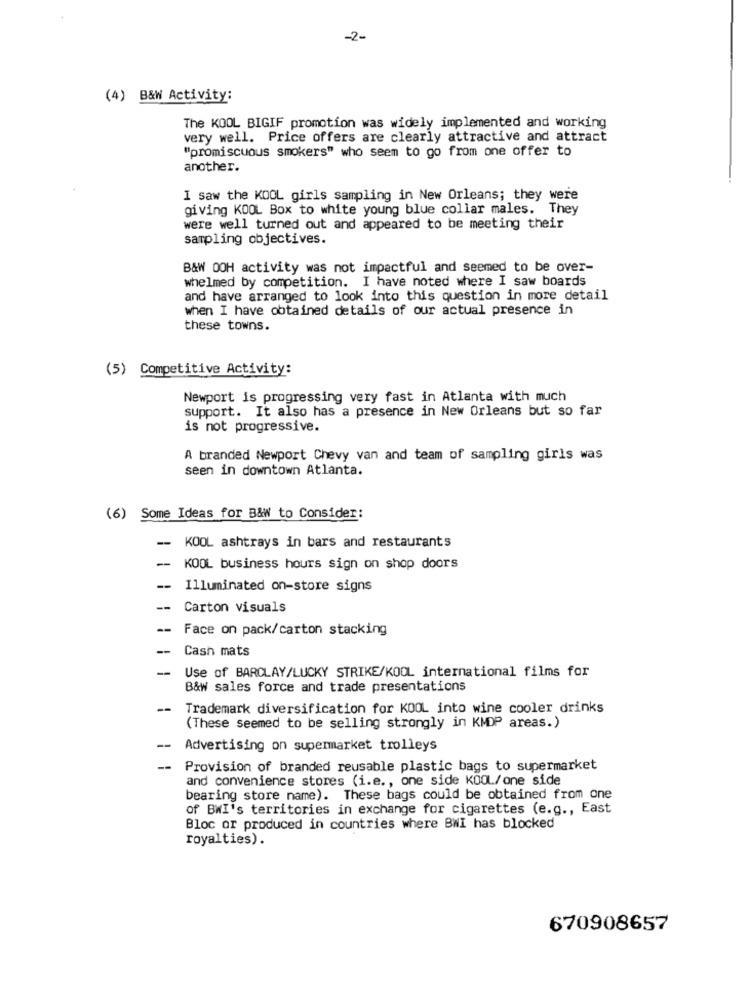
-2-
(4) B&W Activity:
The KOOL BIGIF promotion was widely implemented and working
very well. Price offers are clearly attractive and attract
"promiscuous smokers" who seem to go from one offer to
another.
I saw the KOOL girls sampling in New Orleans; they were
giving KOOL Box to white young blue collar males. They
were well turned out and appeared to be meeting their
sampling objectives.
B&W OOH activity was not impactful and seemed to be over-
whelmed by competition. I have noted where I saw boards
and have arranged to look into this question in more detail
when I have obtained details of our actual presence in
these towns.
(5) Competitive Activity:
Newport is progressing very fast in Atlanta with much
support. It also has a presence in New Orleans but so far
is not progressive.
A branded Newport Chevy van and team of sampling girls was
seen in downtown Atlanta.
(6) Some Ideas for B&W to Consider:
-- KOOL ashtrays in bars and restaurants
-- KOOL business hours sign on shop doors
-- Illuminated on-store signs
--
Carton visuals
--
Face on pack/carton stacking
Cash mats
Use of BARCLAY/LUCKY STRIKE/KOOL international films for
B&W sales force and trade presentations
--
Trademark diversification for KOOL into wine cooler drinks
(These seemed to be selling strongly in KMDP areas.)
-
Advertising on supermarket trolleys
--
Provision of branded reusable plastic bags to supermarket
and convenience stores (i.e ., one side KOOL/one side
bearing store name). These bags could be obtained from one
of BWI's territories in exchange for cigarettes (e.g ., East
Bloc or produced in countries where BWI has blocked
royalties).
670908657